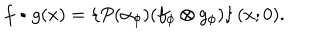
LaTeX: f \bullet g ( x ) = \left\{ P ( \alpha _ { \phi } ) ( f _ { \phi } \otimes g _ { \phi } ) \right\} ( x ; 0 ) .